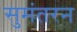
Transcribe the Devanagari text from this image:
सुमंतरन